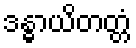
ဒန္ဓာယိတတ္တံ